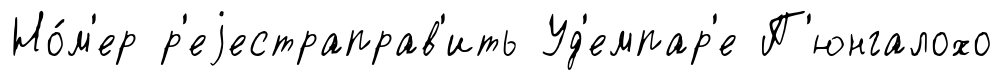
Но́м'ер р'еjестраправ'ить Уд'емпар'е П'юнгалохо